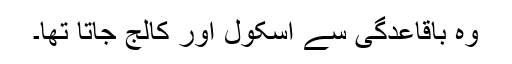
وہ باقاعدگی سے اسکول اور کالج جاتا تھا۔